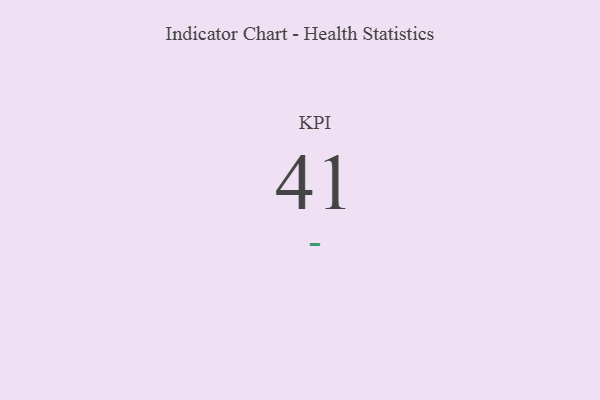
{"axis": {"x": "KPI", "y": "Value"}, "legend": [""], "data": [{"x": "KPI", "y": 41, "type": ""}]}